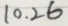
1 0 . 2 6